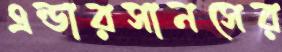
এন্ডারসানসের